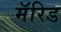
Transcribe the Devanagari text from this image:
मॅरिड